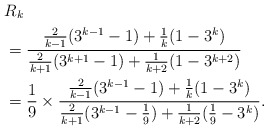
\begin{align*}&R_{k}\\&=\frac{\frac{2}{k-1}(3^{k-1}-1)+\frac{1}{k}(1-3^{k})}{\frac{2}{k+1}(3^{k+1}-1)+\frac{1}{k+2}(1-3^{k+2})}\\&=\frac{1}{9}\times\frac{\frac{2}{k-1}(3^{k-1}-1)+\frac{1}{k}(1-3^{k})}{\frac{2}{k+1}(3^{k-1}-\frac{1}{9})+\frac{1}{k+2}(\frac{1}{9}-3^{k})}.\end{align*}